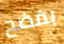
بفضح